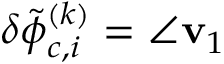
\delta \tilde { \phi } _ { c , i } ^ { ( k ) } = \angle \mathbf { v } _ { 1 }